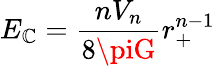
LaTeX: E_{\mathbb{C}}=\frac{{nV_{n}}}{{8\piG}}r_{+}^{n-1}